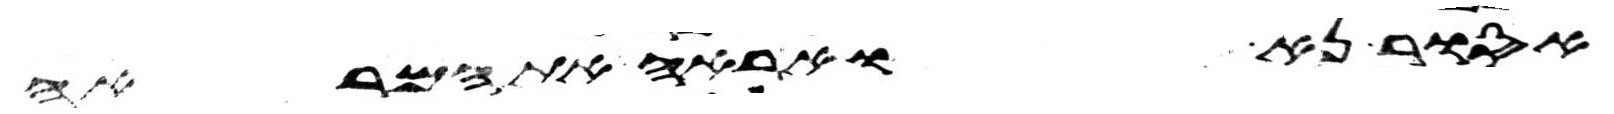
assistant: אסור נא ואראה את המראה